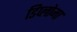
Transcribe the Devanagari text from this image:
डिप्‍लोमा